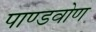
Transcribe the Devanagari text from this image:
पाण्डवोण